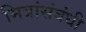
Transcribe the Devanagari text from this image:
मित्रांसंबंधी